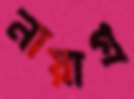
নায়াগ্র